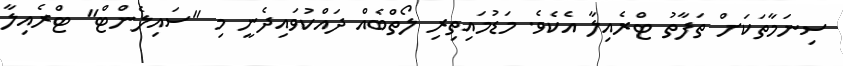
ސިނަމާތަކަށް ތަފާތު ޓްރެއިލާ އެކެވެ. މަޑުމައިތިރި ލޯތްބެއް ދައްކުވައިދެނީ މި "ސައިލެންޓް" ޓްރެއިލާ